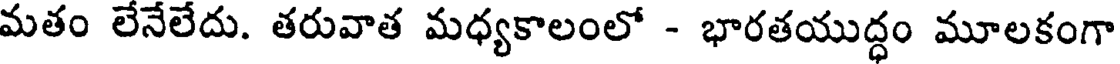
మతం లేనేలేదు. తరువాత మధ్యకాలంలో - భారతయుద్ధం మూలకంగా